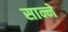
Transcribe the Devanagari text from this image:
सान्ने